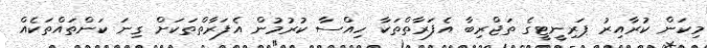
މިކަން ކުރާއިރު ޕަރިނީޓީގެ ތަޖްރިބާ އެފަރާތްތަކާ ހިއްސާ ކުރުމުން އެފަރާތްތަކަށް ގިނަ ކަންތައްތަކެއް